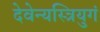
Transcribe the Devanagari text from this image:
देवेन्यस्त्रियुगं